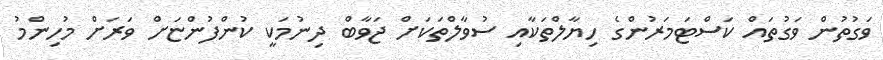
ވަގުތުން ވަގުތައް ކަސްޓަމަރުންގެ ހިޔާލްތަކާއި ސުވާލްތަކަށް ޖަވާބް ދިނުމަކީ ކުންފުންޏަށް ވަރަށް މުހިންމު